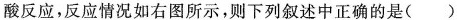
酸反应，反应情况如右图所示，则下列叙述中正确的是()